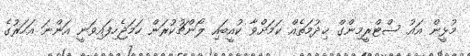
މުޅީން އައު ސްޓްރީމިންގް ޚިދުމަތެއް ކަމަށްވާ ކުއީބައި ލޯންޗުކުރަން ހަމަޖެހިފައިވަނީ އަންނަ އަހަރުގެ